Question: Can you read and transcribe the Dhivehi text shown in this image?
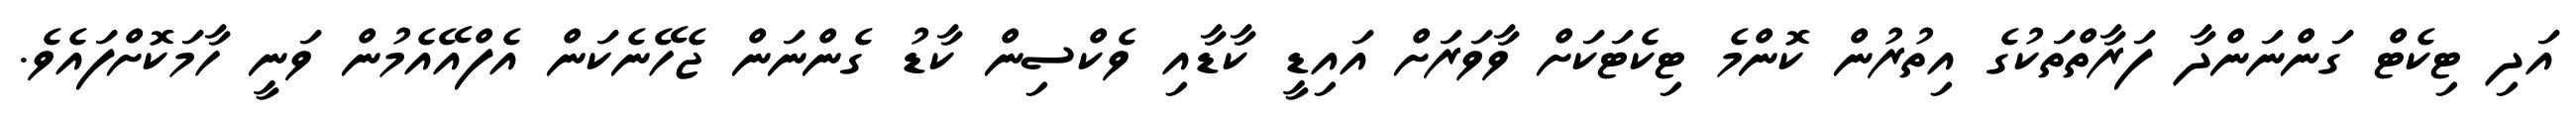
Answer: އަދި ޓިކެޓް ގަންނަންދާ ފަރާތްތަކުގެ އިތުރުން ކޮންމެ ޓިކެޓަކަށް ވާވަރަށް އައިޑީ ކާޑާއި ވެކްސިން ކާޑު ގެންނަން ޖެހޭނެކަން އެފްއޭއެމުން ވަނީ ހާމަކޮށްފައެވެ.